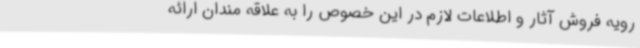
رویه فروش آثار و اطلاعات لازم در این خصوص را به علاقه مندان ارائه